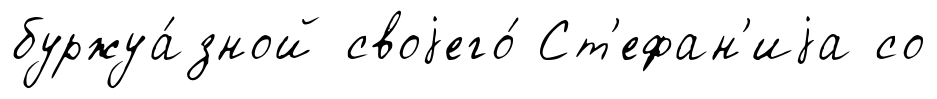
буржуа́зной своjего́ Ст'ефан'иjа со